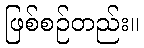
ဖြစ်စဉ်တည်း။